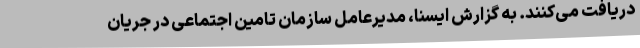
دریافت می‌کنند. به گزارش ایسنا، مدیرعامل سازمان تامین اجتماعی در جریان